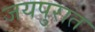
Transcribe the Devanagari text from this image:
जयपुरात